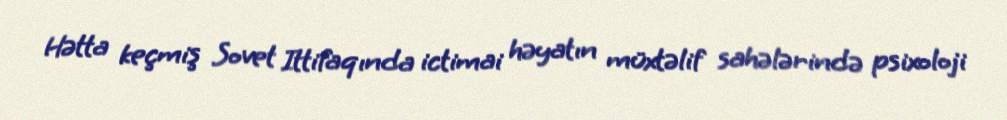
Hətta keçmiş Sovet Ittifaqında ictimai həyatın müxtəlif sahələrində psixoloji